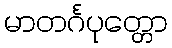
မာတင်္ဂပုတ္တော